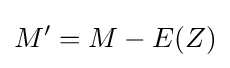
M'=M-E(Z)